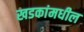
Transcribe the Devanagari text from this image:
खडकांमधील